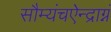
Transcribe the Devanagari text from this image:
सौम्यंचऐन्द्राग्नं